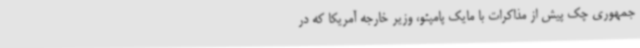
جمهوری چک پیش از مذاکرات با مایک پامپئو،‌ وزیر خارجه آمریکا که در